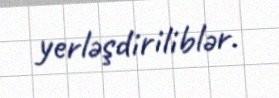
yerləşdiriliblər.